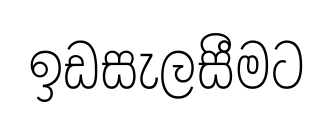
ඉඩසැලසීමට